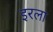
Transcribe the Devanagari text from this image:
इरला